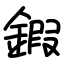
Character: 鍜